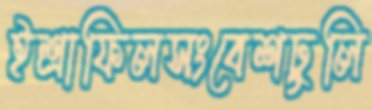
ইশ্রাফিলসংবেশঢুলি